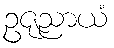
ဥဇုညာယံ